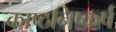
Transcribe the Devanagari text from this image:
काष्ठनिष्कर्ष